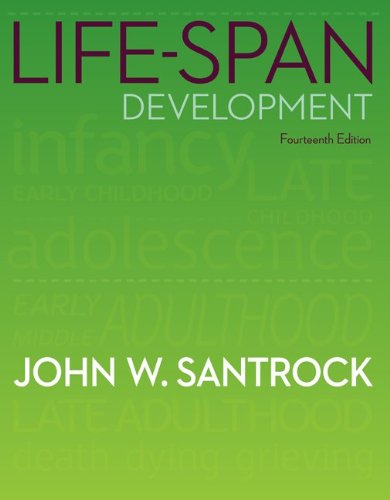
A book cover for Life-Span Development; John Santrock; Health, Fitness & Dieting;